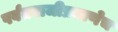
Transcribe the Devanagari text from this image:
पर्वतराजीप्रमाणेच